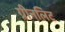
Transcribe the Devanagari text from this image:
ग्रीनलिट